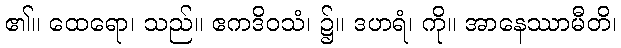
၏။ ထေရော၊ သည်။ ဧကဒိဝသံ၊ ၌။ ဒဟရံ၊ ကို။ အာနေဿာမီတိ၊